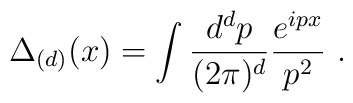
\Delta_{(d)}(x) = \int {d^{d} p\over (2\pi)^{d}}{e^{ipx} \over p^2} \ .